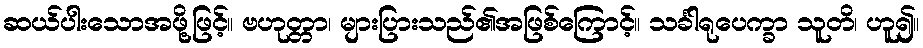
ဆယ်ပါးသောအဖို့ဖြင့်။ ဗဟုတ္တာ၊ များပြားသည်၏အဖြစ်ကြောင့်။ သင်္ခါရုပေက္ခာ သူတိ၊ ဟူ၍။